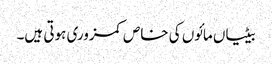
بیٹیاں مائوں کی خاص کمزوری ہوتی ہیں۔